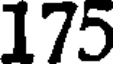
175